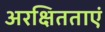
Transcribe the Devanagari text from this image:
अरक्षितताएं